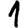
Digit: 1